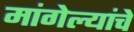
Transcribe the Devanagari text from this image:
मांगेल्यांचे